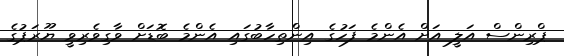
ޕްރިންސް އަލީ އަށް އެންމެ ފަހުގެ އިންތިހާބުގައި އެންމެ ބޮޑަށް ވާގިވެރިވީ ޔޫރަޕުގެ